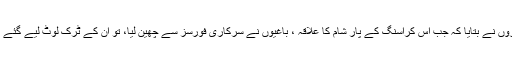
گذشتہ ہفتے، ترک ڈرائیوروں نے بتایا کہ جب اس کراسنگ کے پار شام کا علاقہ ، باغیوں نے سرکاری فورسز سے چھین لیا، تو ان کے ٹرک لوٹ لیے گئے اور انہیں آگ لگا دی گئی ۔